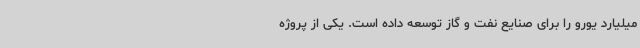
میلیارد یورو را برای صنایع نفت و گاز توسعه داده است. یکی از پروژه